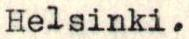
Helsinki.